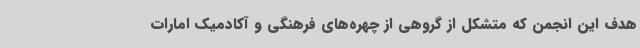
هدف این انجمن که متشکل از گروهی از چهره‌های فرهنگی و آکادمیک امارات